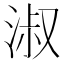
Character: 淑